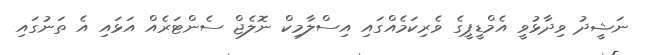
ނަޝީދު ވިދާޅުވީ އެމްޑީޕީގެ ވެރިކަމެއްގައި އިސްލާމިކް ނޮލެޖް ސެންޓަރެއް އަޅައި އެ ތަނުގައި